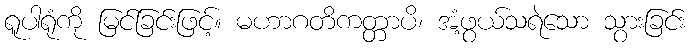
ရူပါရုံကို မြင်ခြင်းဖြင့်။ မဟာဂတိကတ္တာပိ၊ အံ့ဖွယ်သရဲသော သွားခြင်း